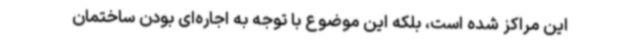
این مراکز شده است، بلکه این موضوع با توجه به اجاره‌ای بودن ساختمان